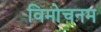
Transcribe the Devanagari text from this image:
विमोचनम